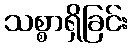
သစ္စာရှိခြင်း